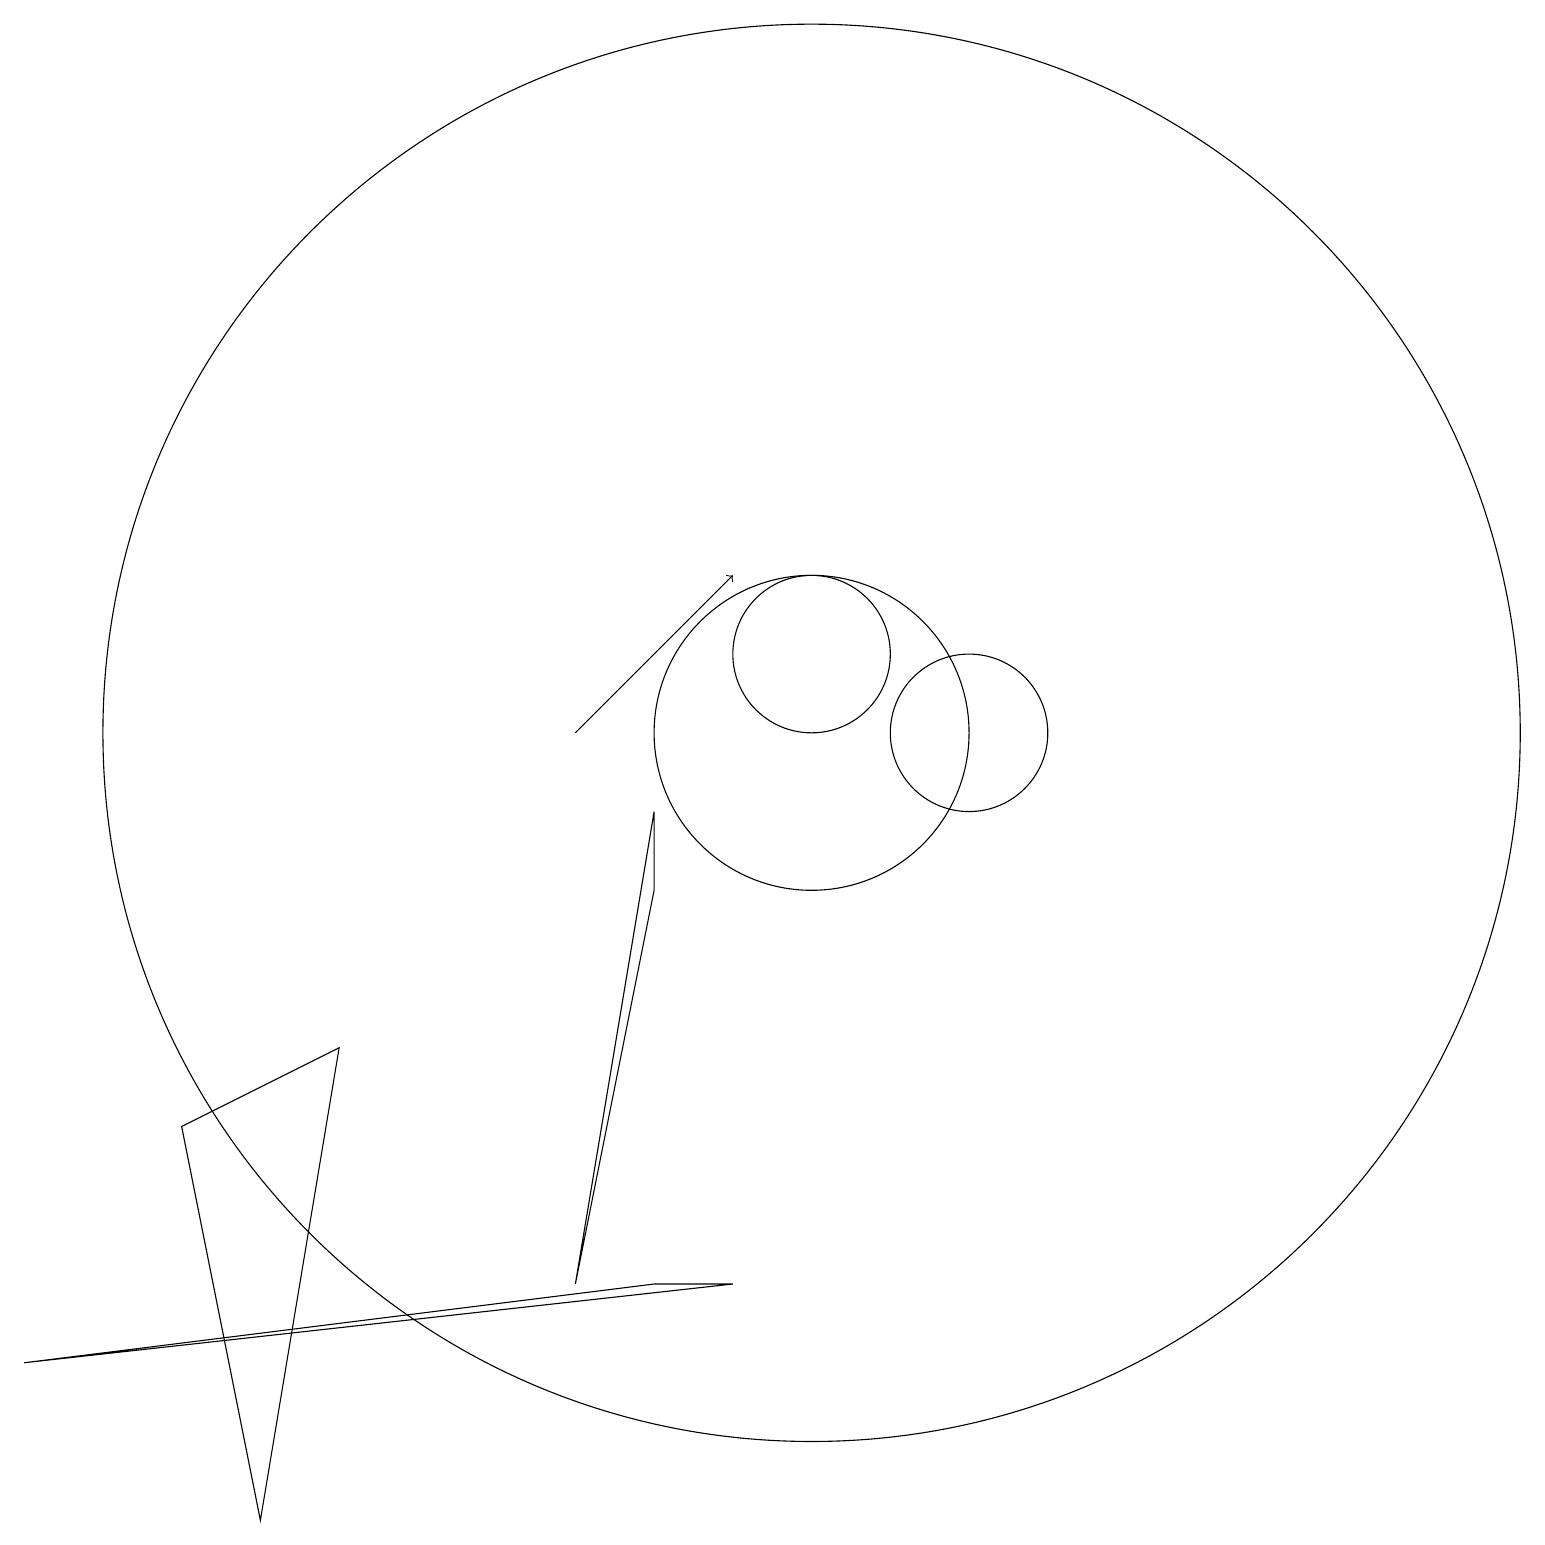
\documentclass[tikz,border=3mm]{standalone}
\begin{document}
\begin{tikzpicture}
\draw (10,10) circle (2);
\draw (9,3) -- (8,3) -- (0,2) -- cycle;
\draw (4,6) -- (2,5) -- (3,0) -- cycle;
\draw (12,10) circle (1);
\draw (10,10) circle (9);
\draw (10,11) circle (1);
\draw[->] (7,10) -- (9,12);
\draw (8,8) -- (7,3) -- (8,9) -- cycle;
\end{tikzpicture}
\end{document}